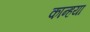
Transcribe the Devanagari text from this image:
कान्हया